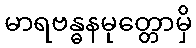
မာရဗန္ဓနမုတ္တောမှိ